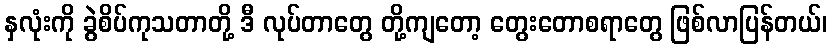
နှလုံးကို ခွဲစိပ်ကုသတာတို့ ဒီ လုပ်တာတွေ တို့ကျတော့ တွေးတောစရာတွေ ဖြစ်လာပြန်တယ်၊